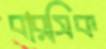
বারসিক